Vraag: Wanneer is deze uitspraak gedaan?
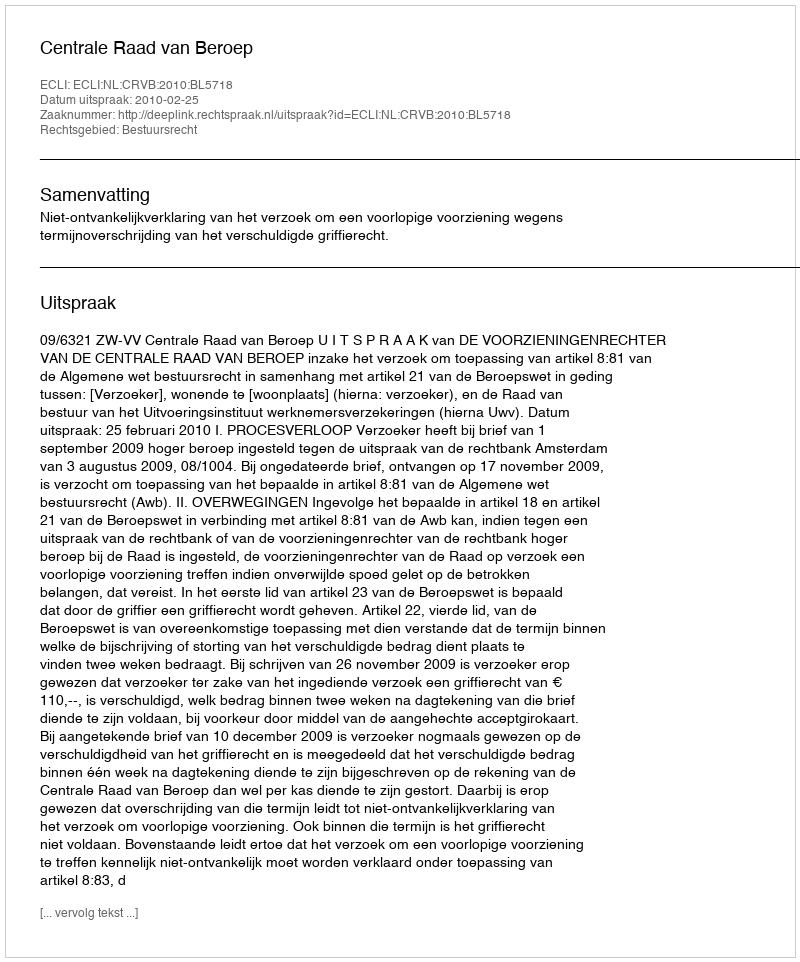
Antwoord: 2010-02-25